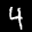
Label: 4